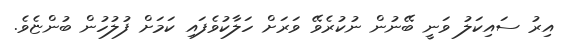
އިރު ސައިކަލު ވަނީ ބޭނުން ނުކުރެވޭ ވަރަށް ހަލާކުވެފައި ކަމަށް ފުލުހުން ބުންޏެވެ.